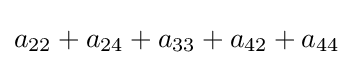
a_{22}+a_{24}+a_{33}+a_{42}+a_{44}